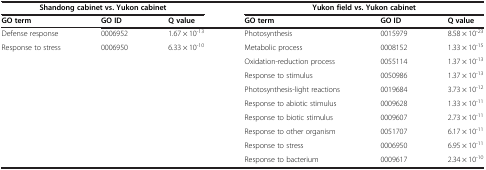
| <COLSPAN=3> Shandong cabinet vs. Yukon cabinet | <COLSPAN=3> Yukon field vs. Yukon cabinet |
 | GO term | GO ID | Q value | GO term | GO ID | Q value |
 | --- | --- | --- | --- | --- | --- |
 | Defense response | 0006952 | 1.67 × 10-13 | Photosynthesis | 0015979 | 8.58 × 10-23 |
 | Response to stress | 0006950 | 6.33 × 10-10 | Metabolic process | 0008152 | 1.33 × 10-15 |
 |  |  |  | Oxidation-reduction process | 0055114 | 1.37 × 10-13 |
 |  |  |  | Response to stimulus | 0050986 | 1.37 × 10-13 |
 |  |  |  | Photosynthesis-light reactions | 0019684 | 3.73 × 10-12 |
 |  |  |  | Response to abiotic stimulus | 0009628 | 1.33 × 10-11 |
 |  |  |  | Response to biotic stimulus | 0009607 | 2.73 × 10-11 |
 |  |  |  | Response to other organism | 0051707 | 6.17 × 10-11 |
 |  |  |  | Response to stress | 0006950 | 6.95 × 10-11 |
 |  |  |  | Response to bacterium | 0009617 | 2.34 × 10-10 |